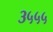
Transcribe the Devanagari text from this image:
३५५५